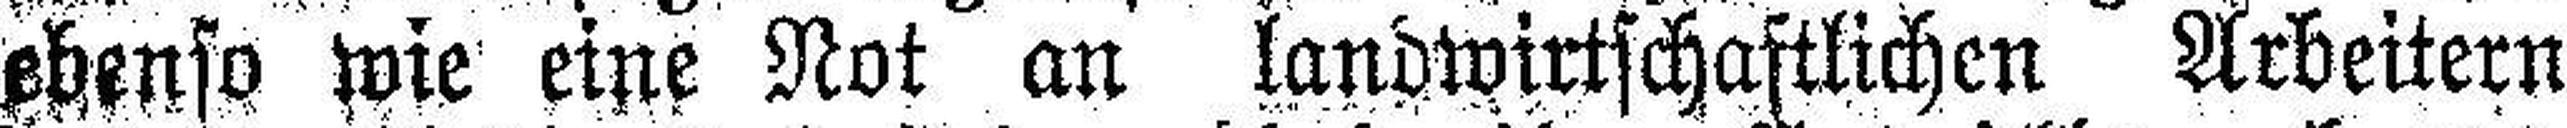
ebenso wie eine Not an landwirtschaftlichen Arbeitern